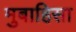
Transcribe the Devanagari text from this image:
मुबाहिसा